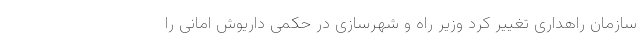
سازمان راهداری تغییر کرد وزیر راه و شهرسازی در حکمی داریوش امانی را